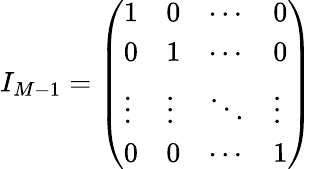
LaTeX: I_{M-1}=\left(\begin{array}{llll}{1}&{0}&{\cdots}&{0}\\ {0}&{1}&{\cdots}&{0}\\ {\vdots}&{\vdots}&{\ddots}&{\vdots}\\ {0}&{0}&{\cdots}&{1}\end{array}\right)